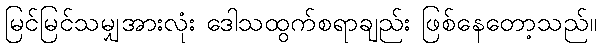
မြင်မြင်သမျှအားလုံး ဒေါသထွက်စရာချည်း ဖြစ်နေတော့သည်။